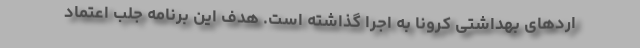
اردهای بهداشتی کرونا به اجرا گذاشته است. هدف این برنامه جلب اعتماد